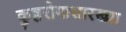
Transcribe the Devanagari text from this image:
कुष्ठरोगासारख्या